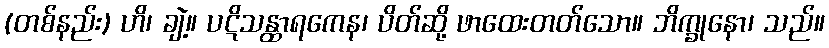
(တစ်နည်း) ဟိ၊ ချဲ့။ ပဋိသန္ထာရကေန၊ ပိတ်ဆို့ ဖာထေးတတ်သော။ ဘိက္ခုနော၊ သည်။